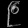
Digit: ၉